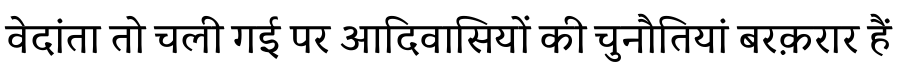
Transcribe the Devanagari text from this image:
वेदांता तो चली गई पर आदिवासियों की चुनौतियां बरक़रार हैं